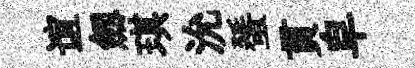
谊劔琪沇蜑貫皁